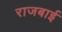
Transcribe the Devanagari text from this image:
राजबाई